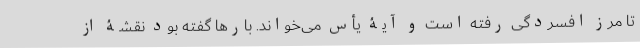
تا مرز افسردگی رفته است و آیۀ یأس می‌خواند. بارها گفته بود نقشۀ از